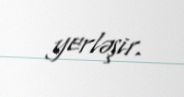
yerləşir.